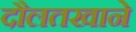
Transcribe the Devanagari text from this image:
दौलतखाने